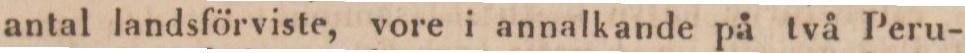
antal landsförviste, vore i annalkande på två Peru-